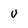
Character: U